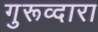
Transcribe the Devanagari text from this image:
गुरूव्‍दारा